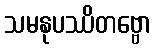
သမနုပဿိတဗ္ဗော